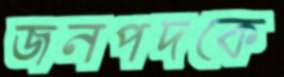
জনপদকে